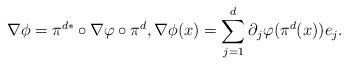
\begin{align*} \nabla\phi=\pi^{d*}\circ \nabla\varphi\circ\pi^d, \nabla\phi(x)= \sum_{j=1}^d \partial_j\varphi(\pi^d(x)) e_j.\end{align*}